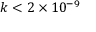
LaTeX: k < 2 \times 1 0 ^ { - 9 }